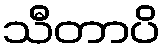
သီတာပိ